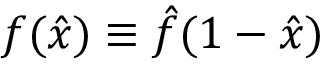
f ( \hat { x } ) \equiv \hat { f } ( 1 - \hat { x } )